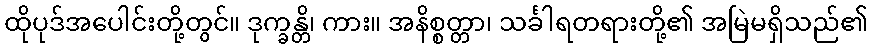
ထိုပုဒ်အပေါင်းတို့တွင်။ ဒုက္ခန္တိ၊ ကား။ အနိစ္စတ္တာ၊ သင်္ခါရတရားတို့၏ အမြဲမရှိသည်၏